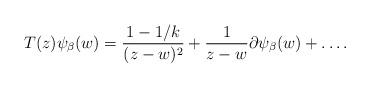
LaTeX: \begin{align*}T(z)\psi _{\beta}(w)=\frac{1-1/k}{(z-w)^2}+\frac{1}{z-w}\partial \psi _{\beta}(w)+\ldots.\end{align*}